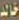
خالد